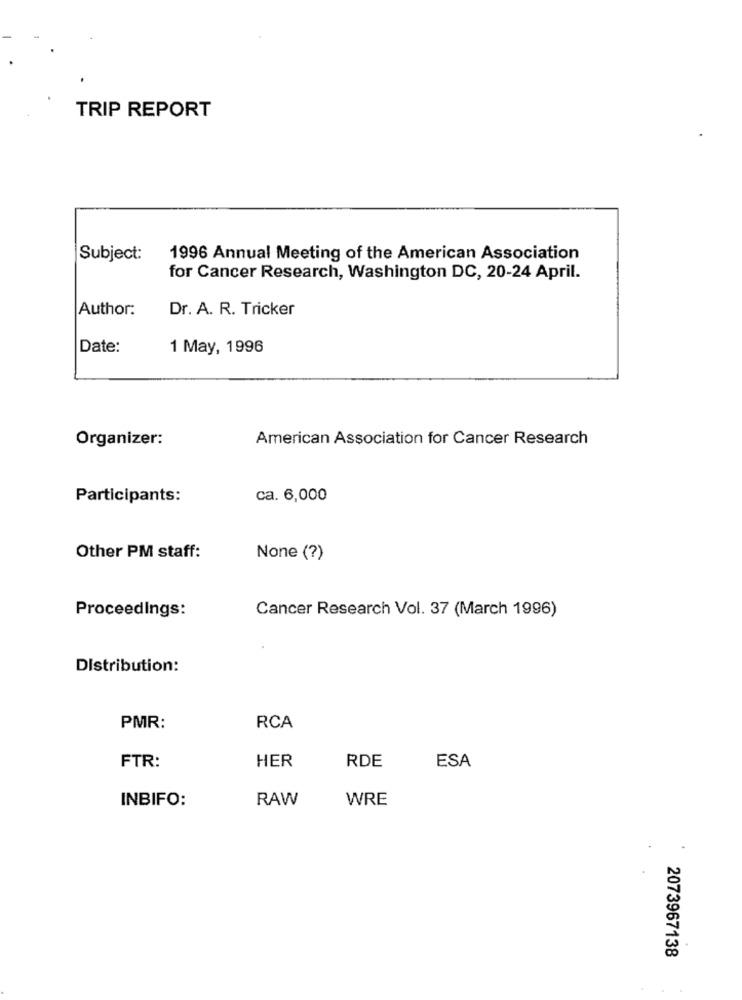
TRIP REPORT
Subject:
1996 Annual Meeting of the American Association
for Cancer Research, Washington DC, 20-24 April.
Author:
Dr. A. R. Tricker
Date:
1 May, 1996
Organizer:
American Association for Cancer Research
Participants:
ca. 6,000
Other PM staff:
None (?)
Proceedings:
Cancer Research Vol. 37 (March 1996)
Distribution:
PMR:
RCA
HER
FTR:
RDE
ESA
RAW
WRE
INBIFO:
2073967138